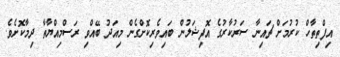
އިފްތިތާހް ކުރުމަށް ޗައިނާ ސަރުކާރުގެ އޮފިޝަލުން ބައިވެރިކޮށްގެން މިއަދު ބޭއްވި ރަސްމިއްޔާތާ ދިމާކޮށެވެ.